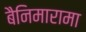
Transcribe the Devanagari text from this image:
बैनिमारामा